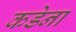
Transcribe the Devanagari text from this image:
कडेना